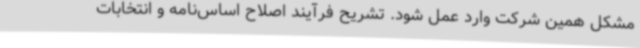
مشکل همین شرکت وارد عمل شود. تشریح فرآیند اصلاح اساس‌نامه و انتخابات